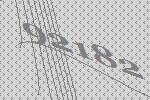
92182